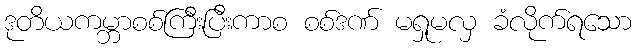
ဒုတိယကမ္ဘာစစ်ကြီးပြီးကာစ စစ်ဒဏ် မရှုမလှ ခံလိုက်ရသော